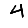
Digit: 4